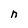
Character: n